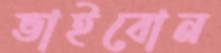
ভাইবোন